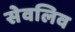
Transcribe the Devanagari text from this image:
सेवलिव